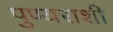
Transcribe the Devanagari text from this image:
पुण्यराशी